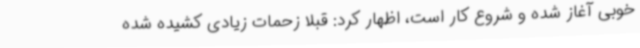
خوبی آغاز شده و شروع کار است، اظهار کرد: قبلا زحمات زیادی کشیده شده